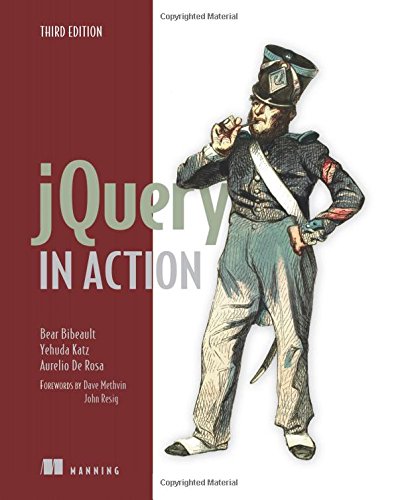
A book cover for jQuery in Action; Bear Bibeault; Computers & Technology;